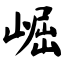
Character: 崛